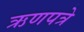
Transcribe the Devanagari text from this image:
ऋणपत्रे